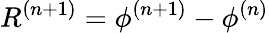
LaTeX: R^{(n+1)}=\phi^{(n+1)}-\phi^{(n)}